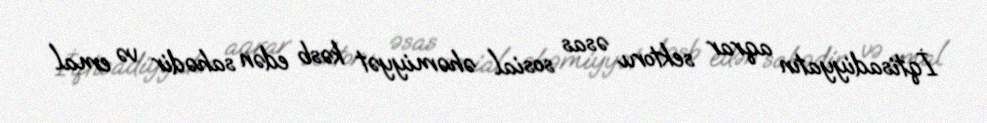
İqtisadiyyatın aqrar sektoru əsas sosial əhəmiyyət kəsb edən sahədir və emal